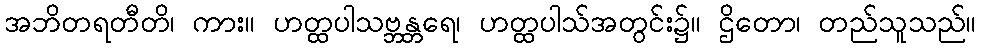
အဘိတရတီတိ၊ ကား။ ဟတ္ထပါသဗ္ဘန္တရေ၊ ဟတ္ထပါသ်အတွင်း၌။ ဌိတော၊ တည်သူသည်။